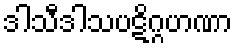
ဒါသီဒါသပဋိဂ္ဂဟဏာ